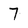
Character: 7